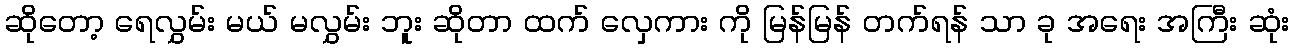
ဆိုတော့ ရေလွှမ်း မယ် မလွှမ်း ဘူး ဆိုတာ ထက် လှေကား ကို မြန်မြန် တက်ရန် သာ ခု အရေး အကြီး ဆုံး